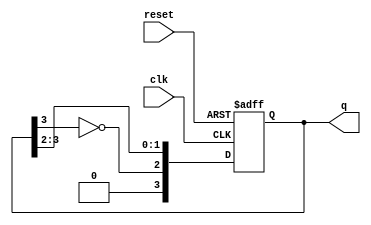
module johnson_counter #(
    parameter N = 4 // Number of flip-flops (N)
)(
    input wire clk,       // Clock input
    input wire reset,     // Asynchronous reset signal
    output reg [N-1:0] q  // Output state of the counter
);

// Synchronous Johnson Counter Logic
always @(posedge clk or posedge reset) begin
    if (reset) begin
        // Initialize the counter to zero on reset
        q <= 0;
    end else begin
        // Shift the current state and feed back the inverted last bit
        q <= {~q[N-1], q[N-1:N-2]};
    end
end

endmodule